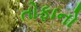
તોફાનો